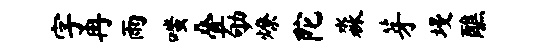
字冉雨嗤叠劬燎陀淼芽墁醮